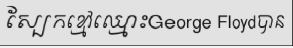
ស្បែកខ្មៅឈ្មោះGeorge Floydបាន